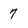
Character: 7